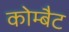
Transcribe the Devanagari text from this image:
कोम्बैट